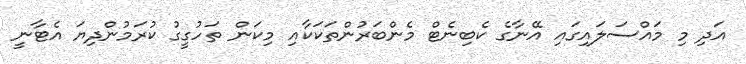
އަދި މި މައްސަލައިގައި އޭނާގެ ކެބިނެޓް މެންބަރުންތަކަކާއި މިކަން ތަހުގީގު ކުރަމުންދިޔަ އެޓާނީ